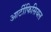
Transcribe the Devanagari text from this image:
आर्टीफिसियल